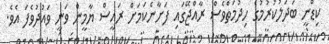
ކިޑްނީ ބަދަލުކުރުމުގެ ހިދުމަތްވެސް ރާއްޖޭގައި ފަށާނެކަމަށް ރައީސް ޔާމީން ވަނީ ވައުދުވެފަ އެވެ.